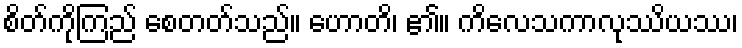
စိတ်ကိုကြည် စေတတ်သည်။ ဟောတိ၊ ၏။ ကိလေသကာလုဿိယဿ၊